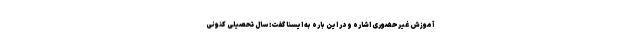
آموزش غیرحضوری اشاره و در این باره به ایسنا گفت: سال تحصیلی کنونی